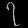
Digit: ၇